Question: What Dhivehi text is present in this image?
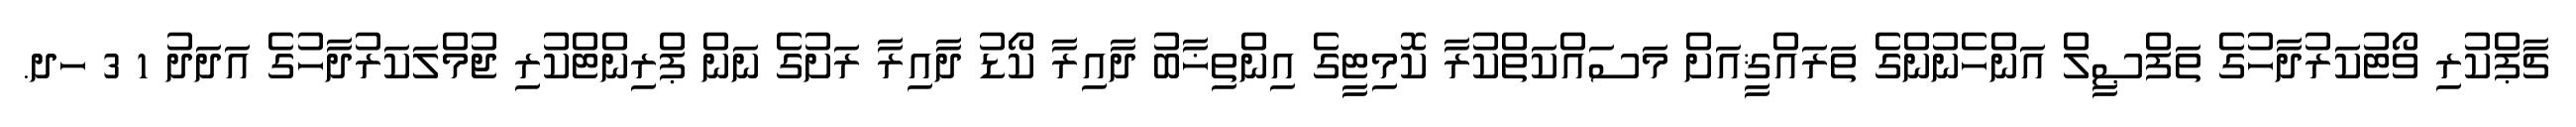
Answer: ޗާޕްކުރި ވޯޓުކަރުދާހުގެ ތަފްޞީލް އަންހެނުންގެ ތަރައްޤީއަށް މަސައްކަތްކުރާ ކޮމިޓީގެ އިންތިޚާބު ދާއިރާ ކޯޑު ދާއިރާ ރަށުގެ ނަން ޕްރިންޓްކުރި ޖުމްލަކަރުދާހުގެ އަދަދު 1 3 ހދ.